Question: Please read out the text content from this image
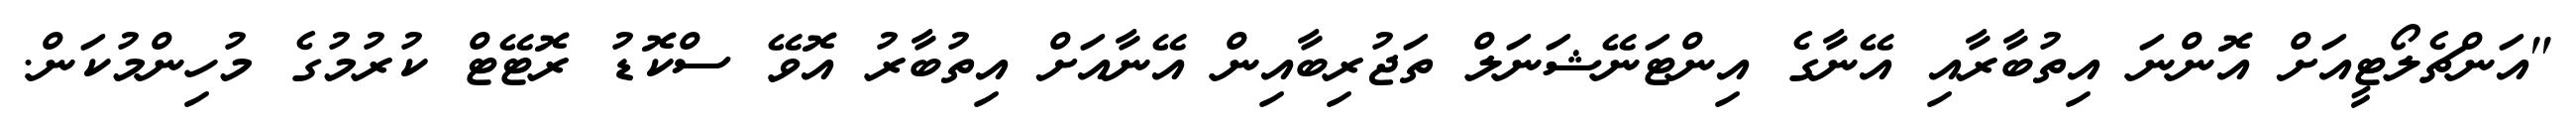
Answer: "އަންޗެލޯޓީއަށް އޮންނަ އިތުބާރާއި އޭނާގެ އިންޓަނޭޝަނަލް ތަޖުރިބާއިން އޭނާއަށް އިތުބާރު އޮވޭ ސްކޮޑު ރޮޓޭޓް ކުރުމުގެ މުހިންމުކަން.